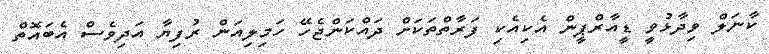
ކާނަލް ވިދާޅުވީ ޑީއާރްޕީން އެކިއެކި ފަރާތްތަކަށް ދައްކަންޖެހޭ ހަމިލިއަން ރުފިޔާ އަދިވެސް އެބައޮތް